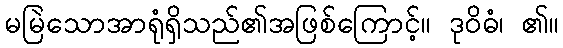
မမြဲသောအာရုံရှိသည်၏အဖြစ်ကြောင့်။ ဒုဝိဓံ၊ ၏။